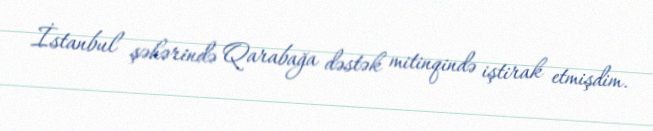
İstanbul şəhərində Qarabağa dəstək mitinqində iştirak etmişdim.